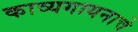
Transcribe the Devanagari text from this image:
काव्यगायनाचे